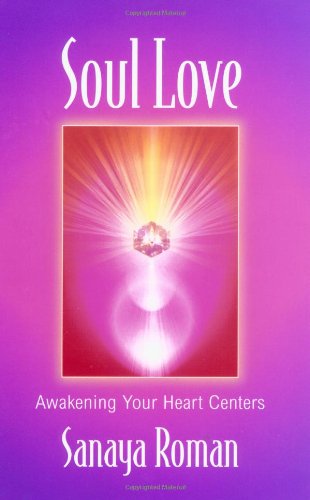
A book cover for Soul Love: Awakening Your Heart Centers (Sanaya Roman); Sanaya Roman; Health, Fitness & Dieting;